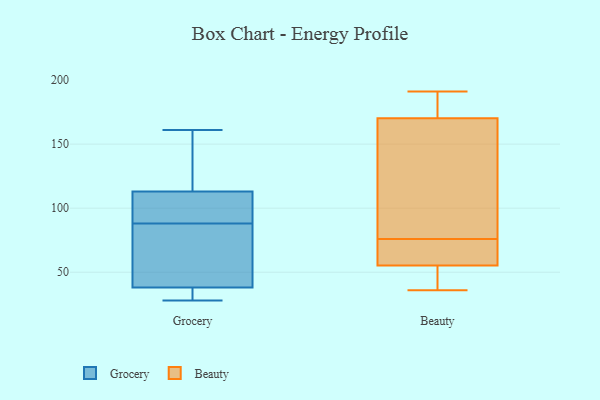
{"axis": {"x": "Conversion Rate (%)", "y": "Value"}, "legend": ["Beauty", "Grocery"], "data": [{"x": "", "y": 82, "type": "Grocery"}, {"x": "", "y": 36, "type": "Grocery"}, {"x": "", "y": 55, "type": "Grocery"}, {"x": "", "y": 112, "type": "Grocery"}, {"x": "", "y": 94, "type": "Grocery"}, {"x": "", "y": 133, "type": "Grocery"}, {"x": "", "y": 114, "type": "Grocery"}, {"x": "", "y": 38, "type": "Grocery"}, {"x": "", "y": 28, "type": "Grocery"}, {"x": "", "y": 101, "type": "Grocery"}, {"x": "", "y": 106, "type": "Grocery"}, {"x": "", "y": 35, "type": "Grocery"}, {"x": "", "y": 161, "type": "Grocery"}, {"x": "", "y": 50, "type": "Grocery"}, {"x": "", "y": 113, "type": "Grocery"}, {"x": "", "y": 151, "type": "Grocery"}, {"x": "", "y": 38, "type": "Grocery"}, {"x": "", "y": 35, "type": "Grocery"}, {"x": "", "y": 36, "type": "Beauty"}, {"x": "", "y": 191, "type": "Beauty"}, {"x": "", "y": 150, "type": "Beauty"}, {"x": "", "y": 76, "type": "Beauty"}, {"x": "", "y": 177, "type": "Beauty"}, {"x": "", "y": 51, "type": "Beauty"}, {"x": "", "y": 75, "type": "Beauty"}, {"x": "", "y": 42, "type": "Beauty"}, {"x": "", "y": 68, "type": "Beauty"}, {"x": "", "y": 147, "type": "Beauty"}, {"x": "", "y": 177, "type": "Beauty"}]}